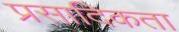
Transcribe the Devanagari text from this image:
प्रसादिकता